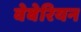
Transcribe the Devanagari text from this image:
वेबेरियन